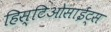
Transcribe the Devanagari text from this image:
हिस्टिओसाईट्स